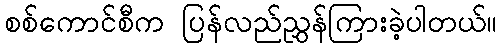
စစ်ကောင်စီက ပြန်လည်ညွှန်ကြားခဲ့ပါတယ်။